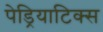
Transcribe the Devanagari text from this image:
पेड्रियाटिक्स